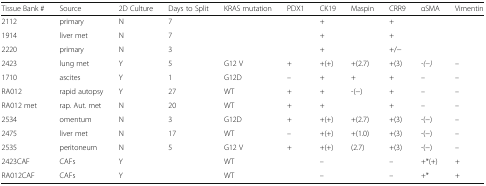
<table><thead><tr><td><b>Tissue Bank #</b></td><td><b>Source</b></td><td><b>2D Culture</b></td><td><b>Days to Split</b></td><td><b>KRAS mutation</b></td><td><b>PDX1</b></td><td><b>CK19</b></td><td><b>Maspin</b></td><td><b>CRR9</b></td><td><b>αSMA</b></td><td><b>Vimentin</b></td></tr></thead><tbody><tr><td>2112</td><td>primary</td><td>N</td><td>7</td><td></td><td></td><td>+</td><td></td><td>+</td><td></td><td></td></tr><tr><td>1914</td><td>liver met</td><td>N</td><td>7</td><td></td><td></td><td>+</td><td></td><td>+</td><td></td><td></td></tr><tr><td>2220</td><td>primary</td><td>N</td><td>3</td><td></td><td></td><td>+</td><td></td><td>+/−</td><td></td><td></td></tr><tr><td>2423</td><td>lung met</td><td>Y</td><td>5</td><td>G12 V</td><td>+</td><td>+(+)</td><td>+(2.7)</td><td>+(3)</td><td><i>-(−)</i></td><td>–</td></tr><tr><td>1710</td><td>ascites</td><td>Y</td><td>1</td><td>G12D</td><td>–</td><td>+</td><td>+</td><td>+</td><td>–</td><td>–</td></tr><tr><td>RA012</td><td>rapid autopsy</td><td>Y</td><td>27</td><td>WT</td><td>+</td><td>+</td><td>-(−)</td><td>+</td><td>–</td><td>–</td></tr><tr><td>RA012 met</td><td>rap. Aut. met</td><td>N</td><td>20</td><td>WT</td><td>+</td><td>+</td><td></td><td>+</td><td>–</td><td>–</td></tr><tr><td>2534</td><td>omentum</td><td>N</td><td>3</td><td>G12D</td><td>+</td><td>+(+)</td><td>+(2.7)</td><td>+(3)</td><td>-(−)</td><td>–</td></tr><tr><td>2475</td><td>liver met</td><td>N</td><td>17</td><td>WT</td><td>–</td><td>+(+)</td><td>+(1.0)</td><td>+(3)</td><td>-(−)</td><td>–</td></tr><tr><td>2535</td><td>peritoneum</td><td>N</td><td>5</td><td>G12 V</td><td>+</td><td>+(+)</td><td>(2.7)</td><td>+(3)</td><td>-(−)</td><td>–</td></tr><tr><td>2423CAF</td><td>CAFs</td><td>Y</td><td></td><td>WT</td><td></td><td>–</td><td></td><td>–</td><td>+*(+)</td><td>+</td></tr><tr><td>RA012CAF</td><td>CAFs</td><td>Y</td><td></td><td>WT</td><td></td><td>–</td><td></td><td>–</td><td>+*</td><td>+</td></tr></tbody></table>